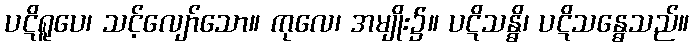
ပဋိရူပေ၊ သင့်လျော်သော။ ကုလေ၊ အမျိုး၌။ ပဋိသန္ဓိ၊ ပဋိသန္ဓေသည်။